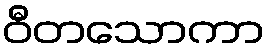
ဝီတသောကာ